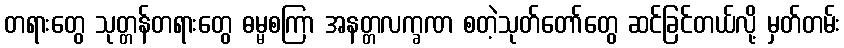
တရားတွေ သုတ္တန်တရားတွေ ဓမ္မစကြာ အနတ္တလက္ခဏ စတဲ့သုတ်တော်တွေ ဆင်ခြင်တယ်လို့ မှတ်တမ်း